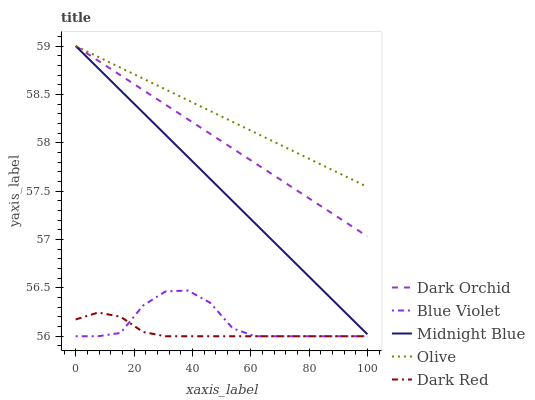
| xaxis_label | Dark Orchid | Blue Violet | Midnight Blue | Olive | Dark Red |
 | --- | --- | --- | --- | --- | --- |
 | 0 | 59 | 56 | 59 | 59 | 56.2 |
 | 7.69 | 58.8 | 56 | 58.8 | 58.9 | 56.2 |
 | 15.4 | 58.7 | 56 | 58.5 | 58.8 | 56.2 |
 | 23.1 | 58.5 | 56.3 | 58.3 | 58.7 | 56 |
 | 30.8 | 58.4 | 56.5 | 58.1 | 58.6 | 56 |
 | 38.5 | 58.2 | 56.5 | 57.9 | 58.4 | 56 |
 | 46.2 | 58.1 | 56.3 | 57.6 | 58.3 | 56 |
 | 53.8 | 57.9 | 56.1 | 57.4 | 58.2 | 56 |
 | 61.5 | 57.8 | 56 | 57.2 | 58.1 | 56 |
 | 69.2 | 57.6 | 56 | 56.9 | 58 | 56 |
 | 76.9 | 57.5 | 56 | 56.7 | 57.9 | 56 |
 | 84.6 | 57.3 | 56 | 56.5 | 57.8 | 56 |
 | 92.3 | 57.2 | 56 | 56.2 | 57.7 | 56 |
 | 100 | 57 | 56 | 56 | 57.5 | 56 |